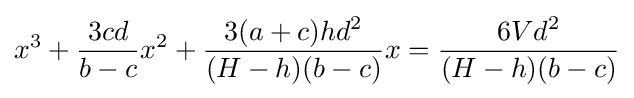
x^{3}+{\frac {3cd}{b-c}}x^{2}+{\frac {3(a+c)hd^{2}}{(H-h)(b-c)}}x={\frac {6Vd^{2}}{(H-h)(b-c)}}